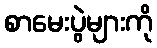
စာမေးပွဲများကို